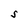
Character: S